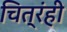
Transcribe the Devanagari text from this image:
चित्रंही